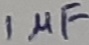
Text: 1µF